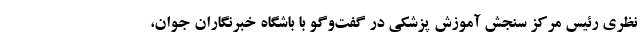
نظری رئیس مرکز سنجش آموزش پزشکی در گفت‌وگو با باشگاه خبرنگاران جوان،